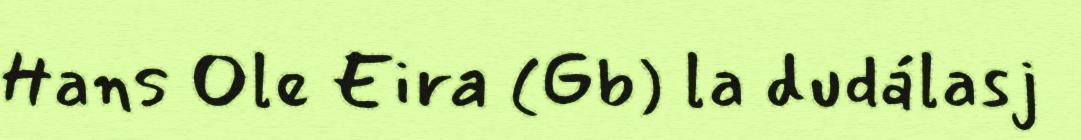
Hans Ole Eira (Gb) la dudálasj